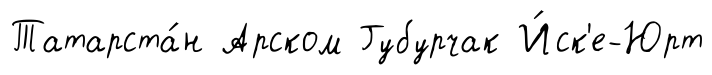
Татарста́н Арском Губурчак И́ск'е-Юрт